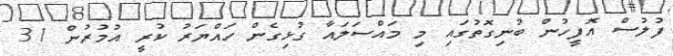
ފުލުސް އޮފީހުން ބުނިގޮތުގައި މި މައްސަލައާ ގުޅިގެން ހައްޔަރު ކުރީ އުމުރުން 31